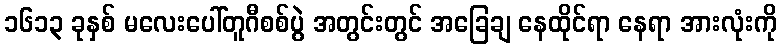
၁၆၁၃ ခုနှစ် မလေးပေါ်တူဂီစစ်ပွဲ အတွင်းတွင် အခြေချ နေထိုင်ရာ နေရာ အားလုံးကို